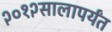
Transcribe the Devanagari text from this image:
२०१२सालापर्यंत